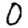
Digit: 0